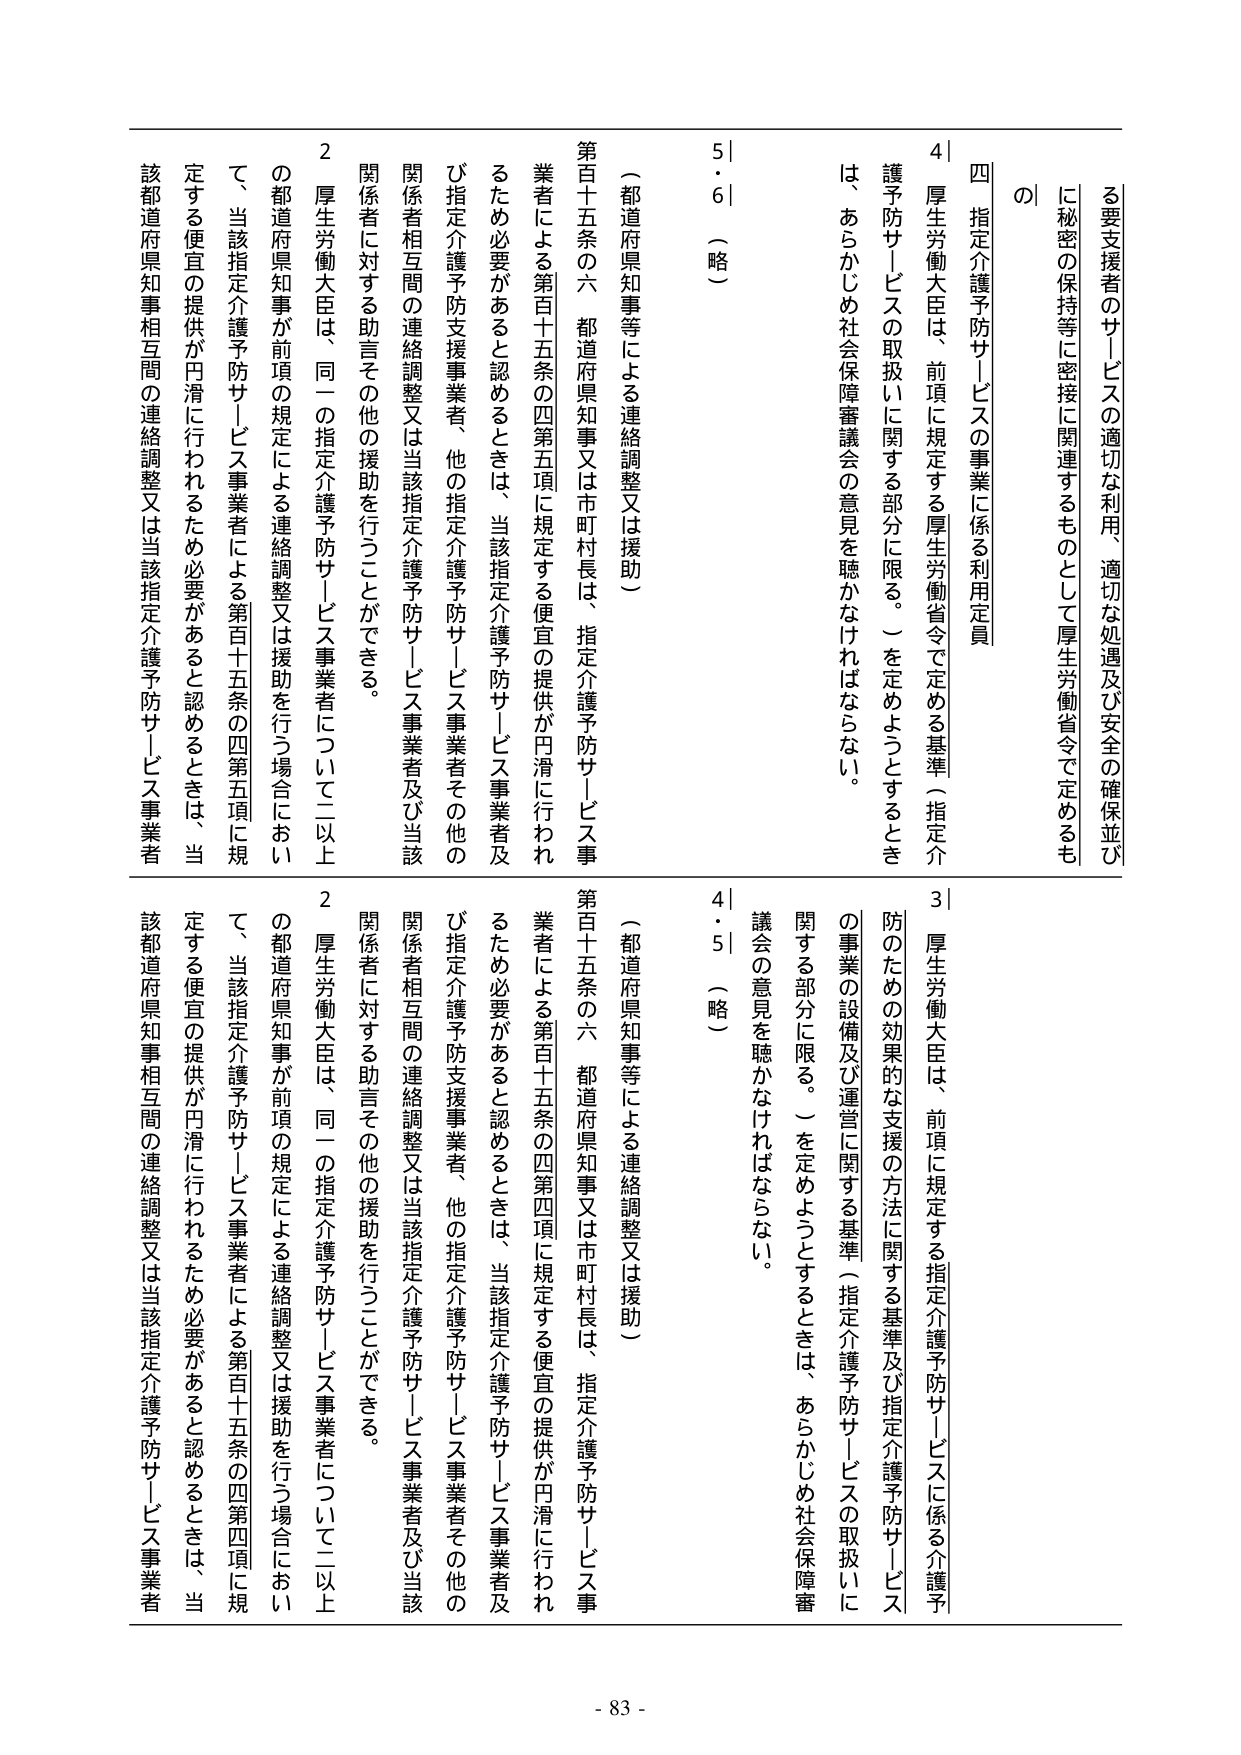
る要支援者のサービスの適切な利用、適切な処遇及び安全の確保並びに秘密の保持等に密接に関連するものとして厚生労働省令で定めるもの

四 指定介護予防サービスの事業に係る利用定員

4| 厚生労働大臣は、前項に規定する厚生労働省令で定める基準（指定介護予防サービスの取扱いに関する部分に限る。）を定めようとするときは、あらかじめ社会保障審議会の意見を聴かなければならない。

5・6 （略）

（都道府県知事等による連絡調整又は援助）

第百十五条の六 都道府県知事又は市町村長は、指定介護予防サービス事業者による第百十五条の四第五項に規定する便宜の提供が円滑に行われるため必要があると認めるときは、当該指定介護予防サービス事業者及び指定介護予防支援事業者、他の指定介護予防サービス事業者その他の関係者相互間の連絡調整又は当該指定介護予防サービス事業者及び当該関係者に対する助言その他の援助を行うことができる。

2 厚生労働大臣は、同一の指定介護予防サービス事業者について二以上の都道府県知事が前項の規定による連絡調整又は援助を行う場合において、当該指定介護予防サービス事業者による第百十五条の四第五項に規定する便宜の提供が円滑に行われるため必要があると認めるときは、当該都道府県知事相互間の連絡調整又は当該指定介護予防サービス事業者

3| 厚生労働大臣は、前項に規定する指定介護予防サービスに係る介護予防のための効果的な支援の方法に関する基準及び指定介護予防サービスの事業の設備及び運営に関する基準（指定介護予防サービスの取扱いに関する部分に限る。）を定めようとするときは、あらかじめ社会保障審議会の意見を聴かなければならない。

4・5 （略）

（都道府県知事等による連絡調整又は援助）

第百十五条の六 都道府県知事又は市町村長は、指定介護予防サービス事業者による第百十五条の四第四項に規定する便宜の提供が円滑に行われるため必要があると認めるときは、当該指定介護予防サービス事業者及び指定介護予防支援事業者、他の指定介護予防サービス事業者その他の関係者相互間の連絡調整又は当該指定介護予防サービス事業者及び当該関係者に対する助言その他の援助を行うことができる。

2 厚生労働大臣は、同一の指定介護予防サービス事業者について二以上の都道府県知事が前項の規定による連絡調整又は援助を行う場合において、当該指定介護予防サービス事業者による第百十五条の四第四項に規定する便宜の提供が円滑に行われるため必要があると認めるときは、当該都道府県知事相互間の連絡調整又は当該指定介護予防サービス事業者

- 83 -